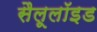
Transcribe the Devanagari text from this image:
सैलूलॉइड